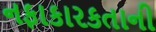
નફાકારકતાની